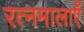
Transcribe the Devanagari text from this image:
रत्नमालाएँ